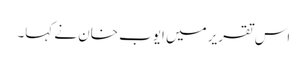
اس تقریر میں ایوب خان نے کہا۔